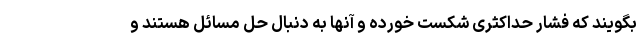
بگویند که فشار حداکثری شکست خورده و آنها به دنبال حل مسائل هستند و